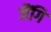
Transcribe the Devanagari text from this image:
जैंगि